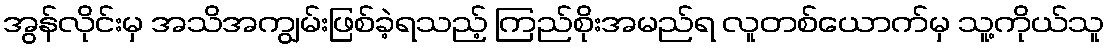
အွန်လိုင်းမှ အသိအကျွမ်းဖြစ်ခဲ့ရသည့် ကြည်စိုးအမည်ရ လူတစ်ယောက်မှ သူ့ကိုယ်သူ